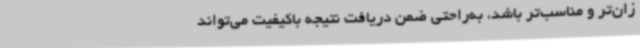
زان‌تر و مناسب‌تر باشد، به‌راحتی ضمن دریافت نتیجه باکیفیت می‌تواند